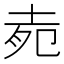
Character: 𡋞